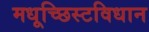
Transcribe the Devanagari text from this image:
मधूच्छिस्टविधान